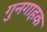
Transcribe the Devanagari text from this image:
गुनगाहक